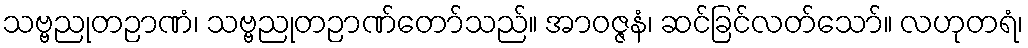
သဗ္ဗညုတဉာဏံ၊ သဗ္ဗညုတဉာဏ်တော်သည်။ အာဝဇ္ဇနံ၊ ဆင်ခြင်လတ်သော်။ လဟုတရံ၊